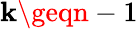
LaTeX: \mathbf{k}\geqn-1